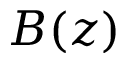
B ( z )